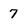
Character: 7